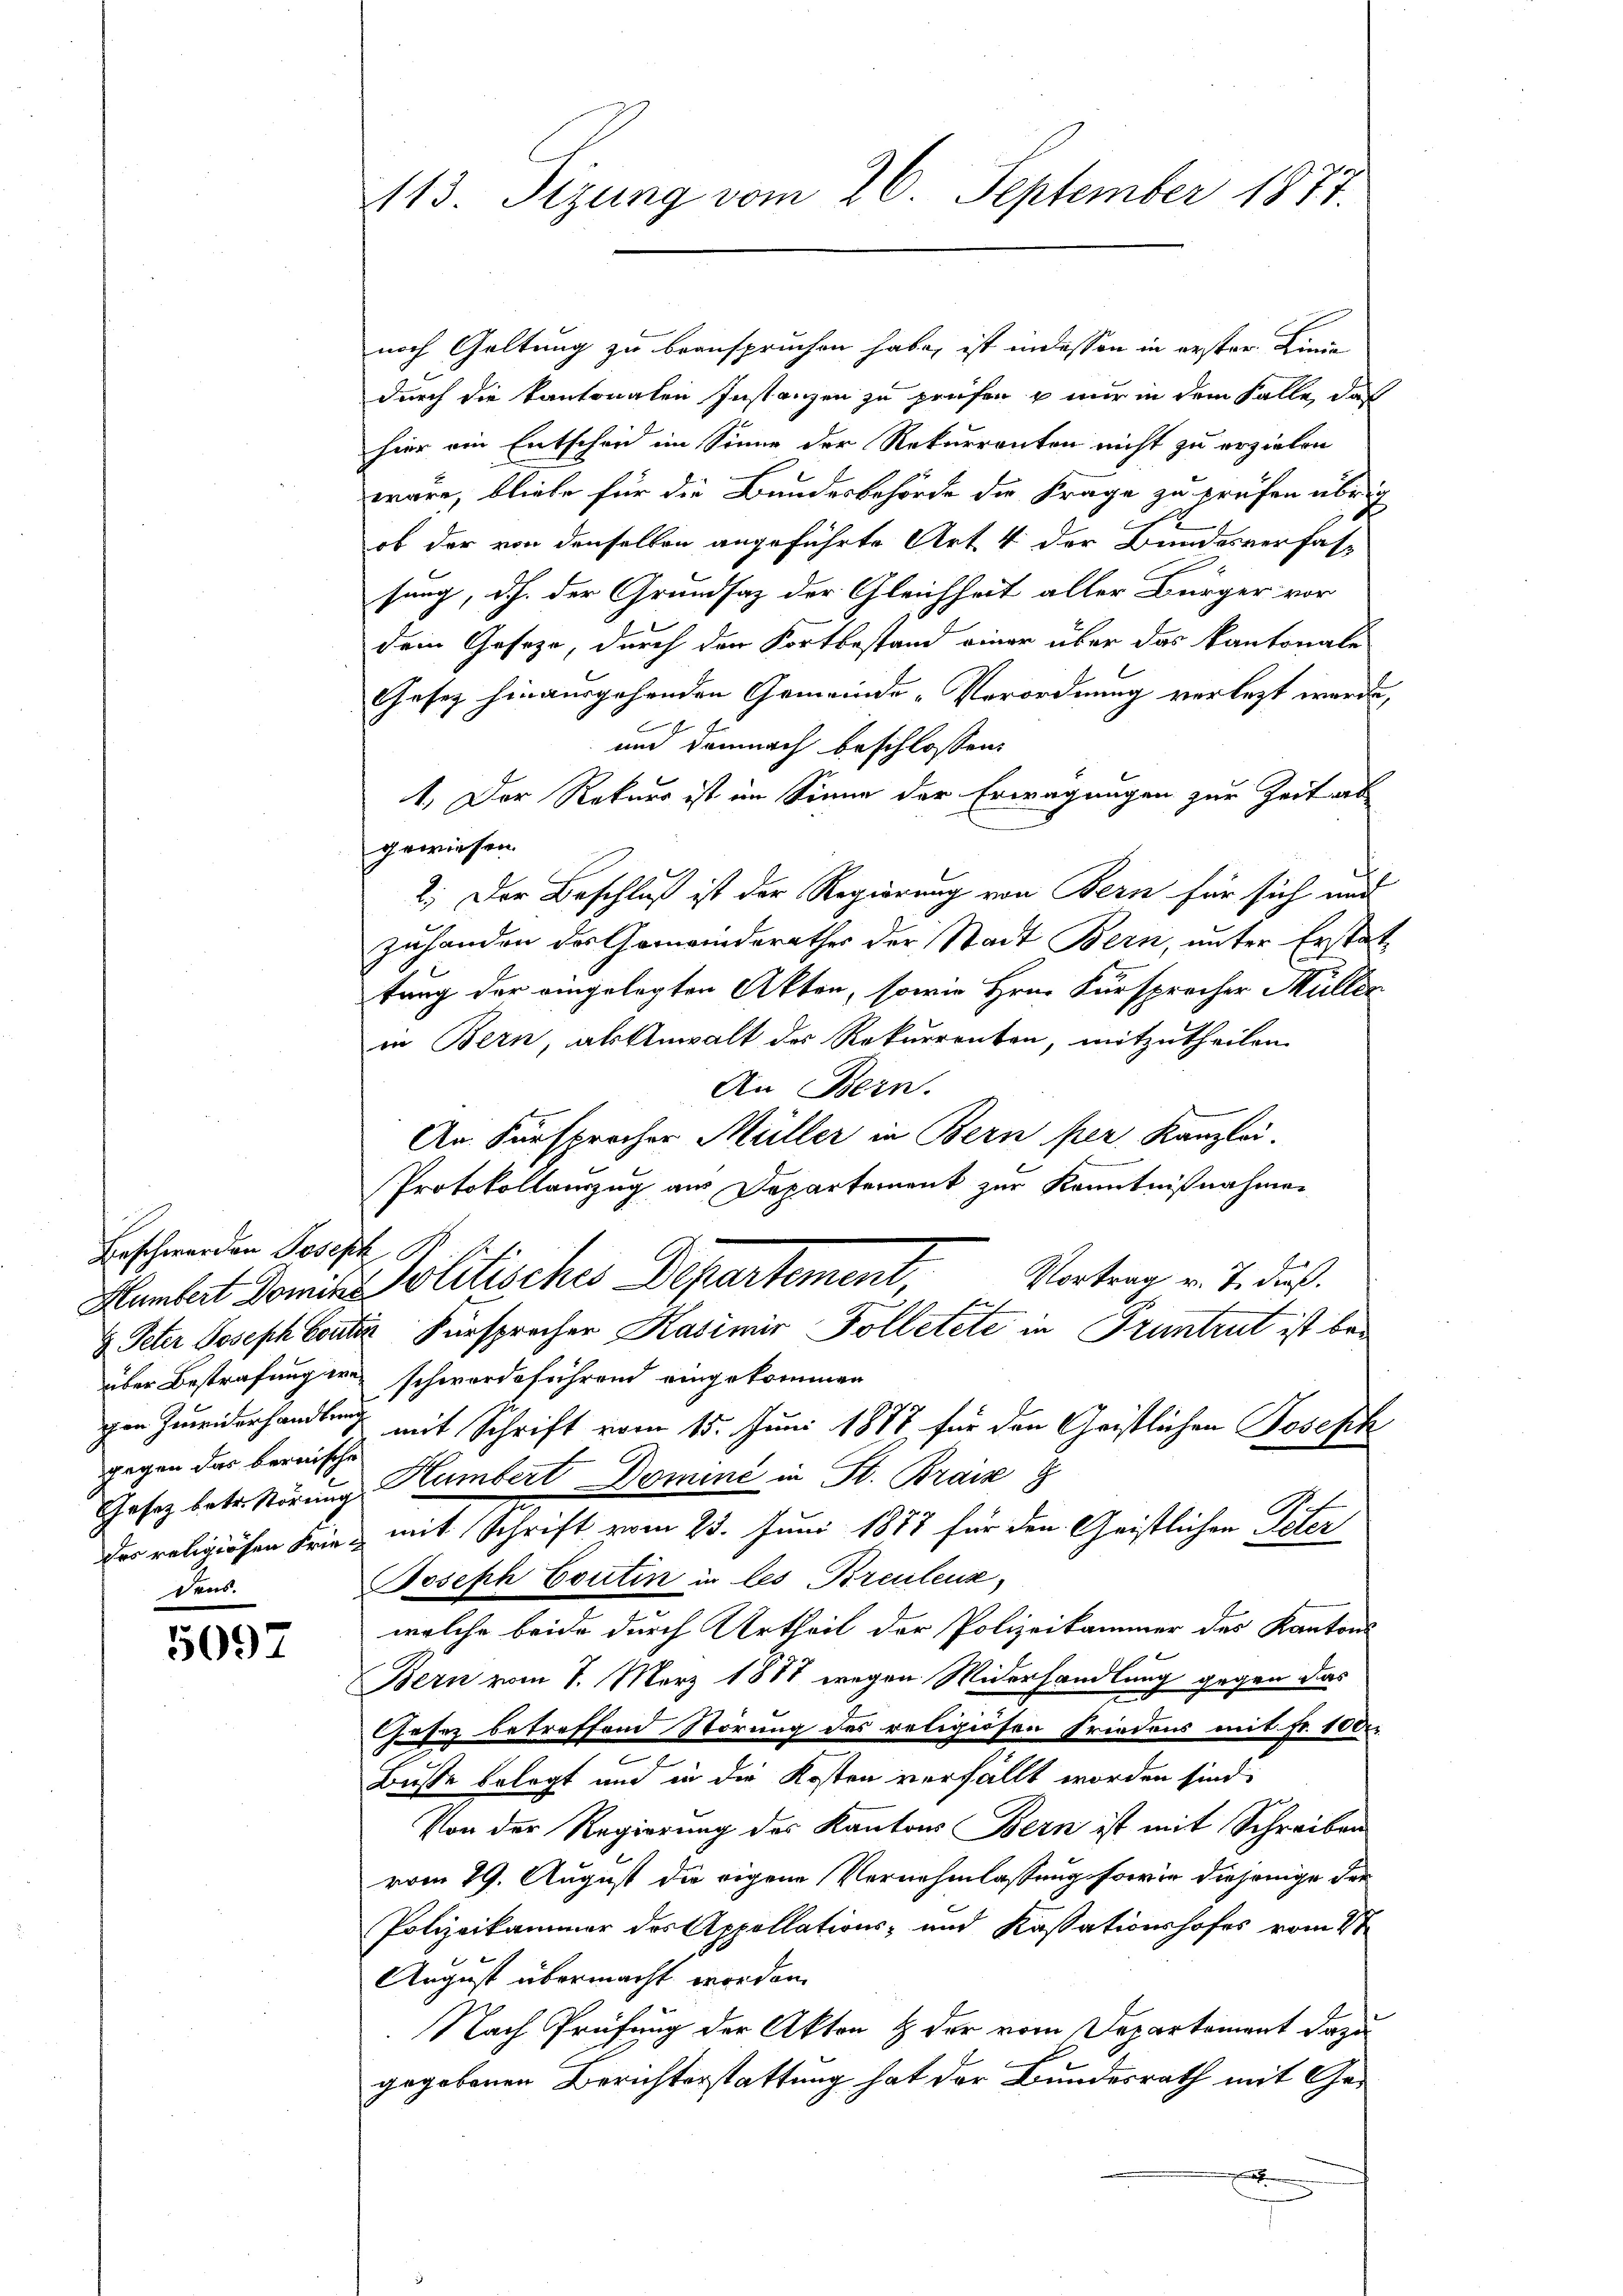
Beschwerden Joseph St
gegen das bereische
Gesetz betr. Störung
des religiösen Friedens.

5097

413. Sizung vom 26. September 1877.

noch Geltung zu beanspruchen habe, ist in dessen in erster Linie
durch die kantonalen Instanzen zu prüfen u nur in dem Falle das
hier ein Entscheid im Sinne der Rekurrenten nicht zu erzielen
wäre, bliebe für die Bundesbehörde die Frage zu prüfen übrig
ob der von denselben angeführte Art. 4 der Bundesverfassung, dh. der Grundsaz der Gleichheit aller Bürger vor
dein Geseze, durch den Fortbestand einer über das Kantonale
Gesetz hinausgehenden Gemeinde-Verordnung verletzt werde,
und demnach beschlossen:
1.) Der Rekurs ist im Sinne der Erwägungen zur Zeit ab
gewiesen.
2) Der Beschluß ist der Regierung von Bern für sich und
zuhanden der Gemeinderathes der Stadt Bern, unter Erstat-
tung der eingelegten Akten, sowie Hrn. Fürsprecher Müller
in Bern, als Anwalt des Rekurrenten, mitzutheilen.
An Bern.
An Fürsprocher Müller in Bern per Kanzlei.
Protokollanzug am Departement zur Kenntnißnahmen
Vortrag v. 7. dieß.
Humbert Domine Politisches Departement,
 Peter Joseph Couter Versprecher Kasimir Folletete in Pruntrut ist beüber Bestrafung in schwerdeführend eingekommen
gen Zuwiderhandlung mit Schrift vom 15. Juni 1888 für den Christlichen Joseph
Humbert Domini in St. Brais
mit Schrift vom 23. Juni 1888 für den Geistlichen Peter
Joseph Contin in les Breuleuse,
welche beide durch Urtheil der Polizeikammer des Kantons
Bern vom 7. März 1887 wegen Widerhandlung gegen das
Gesez betreffend Störung des religiosen Friedens mit fr. 1000
Busse belegt und in die Kosten verfällt worden sind.
Von der Regierung des Kantons Bern ist mit Schreiben
vom 29. August die eigene Vernehmlassung sowie diejenige der
Polizeikammer des Appellations- und Kassationshofes vom 4ten
August übermacht worden.
Nach Prüfung der Akten & der vom Departement dazu
gegebenen Berichterstattung hat der Bundesrath mit Gex